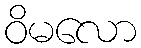
ဝိမလော